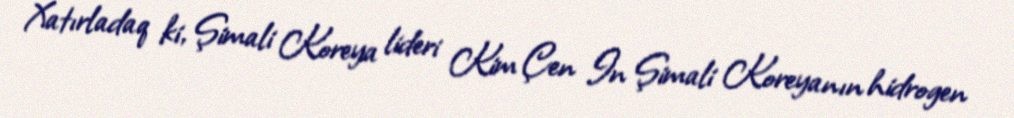
Xatırladaq ki, Şimali Koreya lideri Kim Çen In Şimali Koreyanın hidrogen